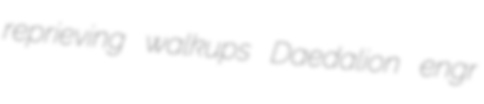
reprieving walkups Daedalion engr